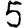
Digit: 5